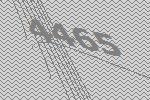
4465